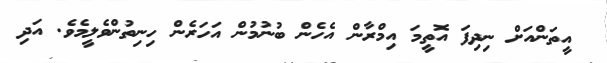
އީތަންއަށް ނިދިފަ އޮތީމަ އިމްރާން އެހެން ބުނުމުން އަހަރެން ހިނިތުންވެލީމެވެ. އަދި